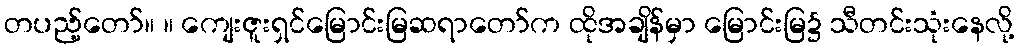
တပည့်တော်။ ။ ကျေးဇူးရှင်မြောင်းမြဆရာတော်က ထိုအချိန်မှာ မြောင်းမြ၌ သီတင်းသုံးနေလို့